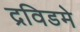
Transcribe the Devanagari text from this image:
द्रविडमे